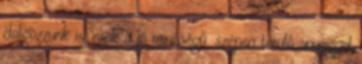
dolgozzunk is, csak a jó minőségű, szépen terülő anyaggal